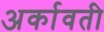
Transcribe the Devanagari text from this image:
अर्कावती